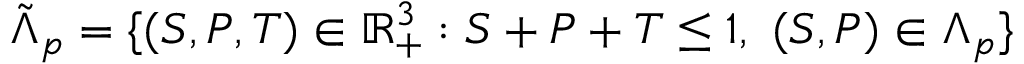
\tilde { \Lambda } _ { p } = \{ ( S , P , T ) \in \mathbb { R } _ { + } ^ { 3 } : S + P + T \le 1 , \ ( S , P ) \in \Lambda _ { p } \}